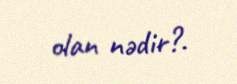
olan nədir?.